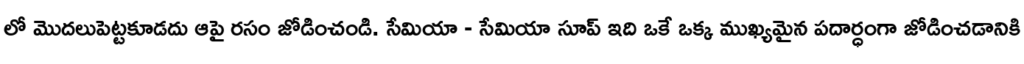
లో మొదలుపెట్టకూడదు ఆపై రసం జోడించండి. సేమియా - సేమియా సూప్ ఇది ఒకే ఒక్క ముఖ్యమైన పదార్ధంగా జోడించడానికి